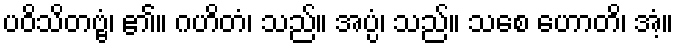
ပဝိသိတဗ္ဗံ၊ ၏။ ဂဟိတံ၊ သည်။ အပ္ပံ၊ သည်။ သစေ ဟောတိ၊ အံ့။